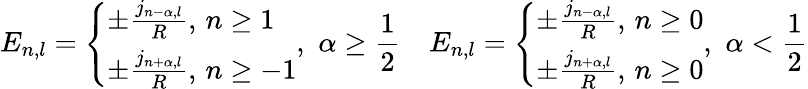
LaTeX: E_{n,l}=\left\{ \begin{array}{l}{{\pm\frac{j_{n-\alpha,l}}{R},\, n\geq 1}}\\ {{\pm\frac{j_{n+\alpha,l}}{R},\, n\geq-1}}\end{array}\right.,\, \, \alpha\geq\frac{1}{2}\quad E_{n,l}=\left\{ \begin{array}{l}{{\pm\frac{j_{n-\alpha,l}}{R},\, n\geq 0}}\\ {{\pm\frac{j_{n+\alpha,l}}{R},\, n\geq 0}}\end{array}\right.,\, \, \alpha<\frac{1}{2}